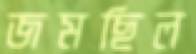
জমছিল